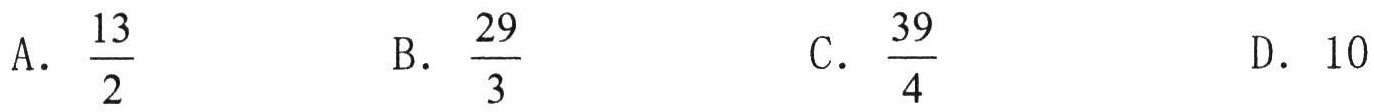
A. \(\frac{13}{2}\)  B. \(\frac{29}{3}\)  C. \(\frac{39}{4}\)  D. \(10\)